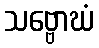
သဗ္ဗောဃံ